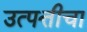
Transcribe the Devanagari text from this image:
उत्पत्तीचा